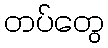
တပ်တွေ